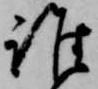
誰